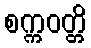
စက္ကဝတ္တိ